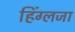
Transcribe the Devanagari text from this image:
हिंग्लजा